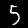
Label: 5